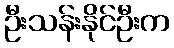
ဦးသန်းနိုင်ဦးက